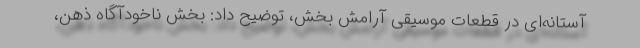
آستانه‌ای در قطعات موسیقی آرامش‌ بخش، توضیح داد: بخش ناخودآگاه ذهن،‌